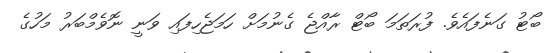
ބޯޓު ގަނެފައެވެ. ފުރަތަމަ ބޯޓް ރާއްޖެ ގެނުމަށް ހަމަޖެހިފައި ވަނީ ނޮވެމްބަރު މަހުގެ